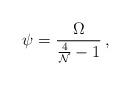
LaTeX: \begin{align*}\displaystyle{\psi=\frac{\Omega}{\frac{4}{{\cal N}}-1}}\,, \end{align*}